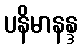
ပနိမာနန္ဒ